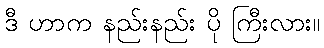
ဒီ ဟာက နည်းနည်း ပို ကြီးလား။